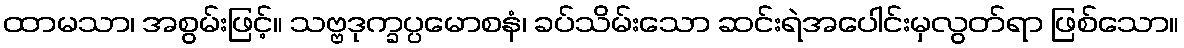
ထာမသာ၊ အစွမ်းဖြင့်။ သဗ္ဗဒုက္ခပ္ပမောစနံ၊ ခပ်သိမ်းသော ဆင်းရဲအပေါင်းမှလွတ်ရာ ဖြစ်သော။